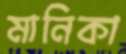
মানিকা